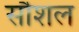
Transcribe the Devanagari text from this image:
सौशल